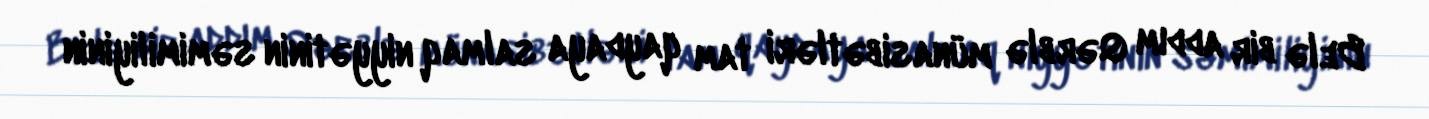
Belə bir addım Qərblə münasibətləri tam qaydaya salmaq niyyətinin səmimiliyinin